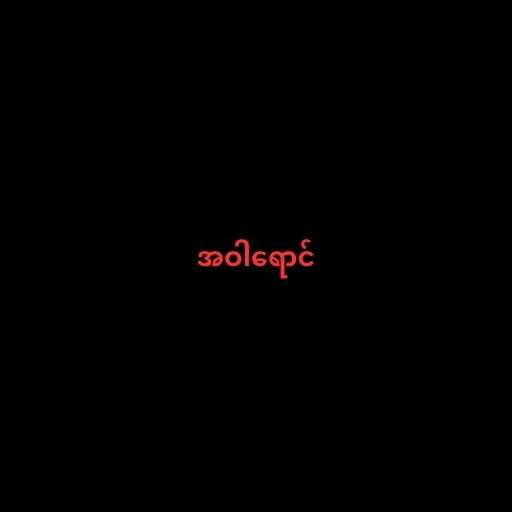
အဝါရောင်